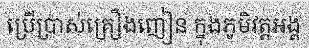
ប្រើប្រាស់គ្រឿងញៀន ក្នុងភូមិវត្តអង្គ